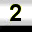
Digit: 2